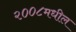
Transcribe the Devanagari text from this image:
२००८मधील